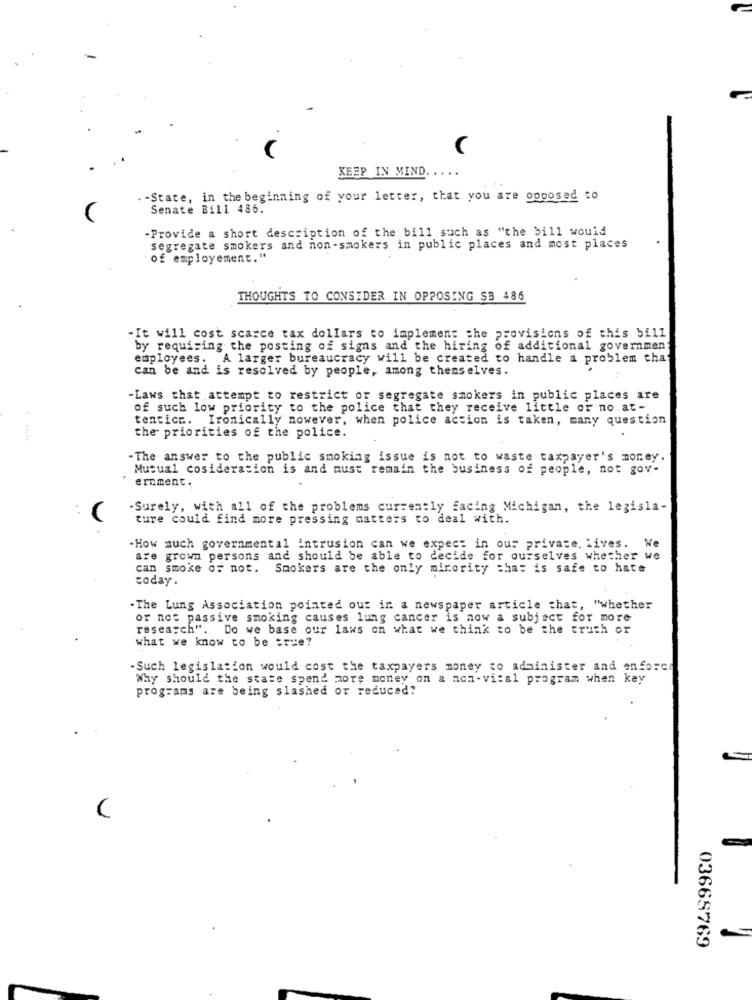
C
KEEP IN MIND.
.- State, in the beginning of your letter, that you are opposed to
Senate Bill 486.
-Provide a short description of the bill such as "the bill would
segregate smokers and non-smokers in public places and most places
of employement."
THOUGHTS TO CONSIDER IN OPPOSING SB 486
-It will cost scarce tax dollars to implement the provisions of this bill
by requiring the posting of signs and the hiring of additional government
employees. A larger bureaucracy will be created to handle a problem that
can be and is resolved by people, among themselves.
-Laws that attempt to restrict or segregate smokers in public places are
of such low priority to the police that they receive little or no. at-
tentica. Ironically nowever, when police action is taken, many question
the priorities of the police.
-The answer to the public smoking issue is not to waste taxpayer's money.
Mutual cosideration is and must remain the business of people, not gov-
ernment.
.Surely, with all of the problems currently facing Michigan, the legisla-
ture could find more pressing matters to deal with.
-How much governmental intrusion can we expect in our private, lives.
We
are grown persons and should be able to decide for ourselves whether we
can smoke of not. Smokers are the only minority that is safe to hate
today.
-The Lung Association pointed out in a newspaper article that, "whether
or not passive smoking causes lung cancer is now a subject for more
research". Do we base our laws on what we think to be the truth or
what we know to be true?
. Such legislation would cost the taxpayers money to administer and enforce
Why should the state spend more money on a non- vital program when key
programs are being slashed or reduced?
03668769